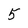
Character: 5